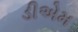
ડીએમ